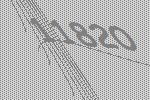
11820